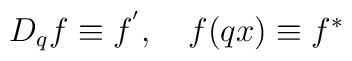
D_{q}f\equiv f^{^{\prime }},\quad f(qx)\equiv f^{\ast }